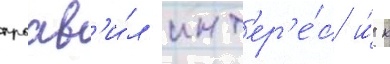
проав'и́л инт'ер'е́с и́ к